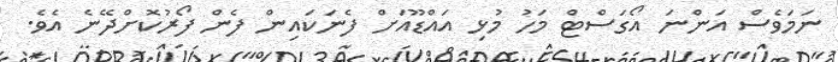
ނަމަވެސް އަންނަ އޯގަސްޓް މަހު މުޅި އައްޑޫއަށް ފެނަކައިން ފެން ފޯރުކޮށްދޭނެ އެވެ.